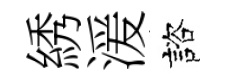
綉湲諮